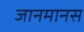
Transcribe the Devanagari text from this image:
जानमानस